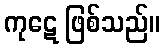
ကုဋေ ဖြစ်သည်။